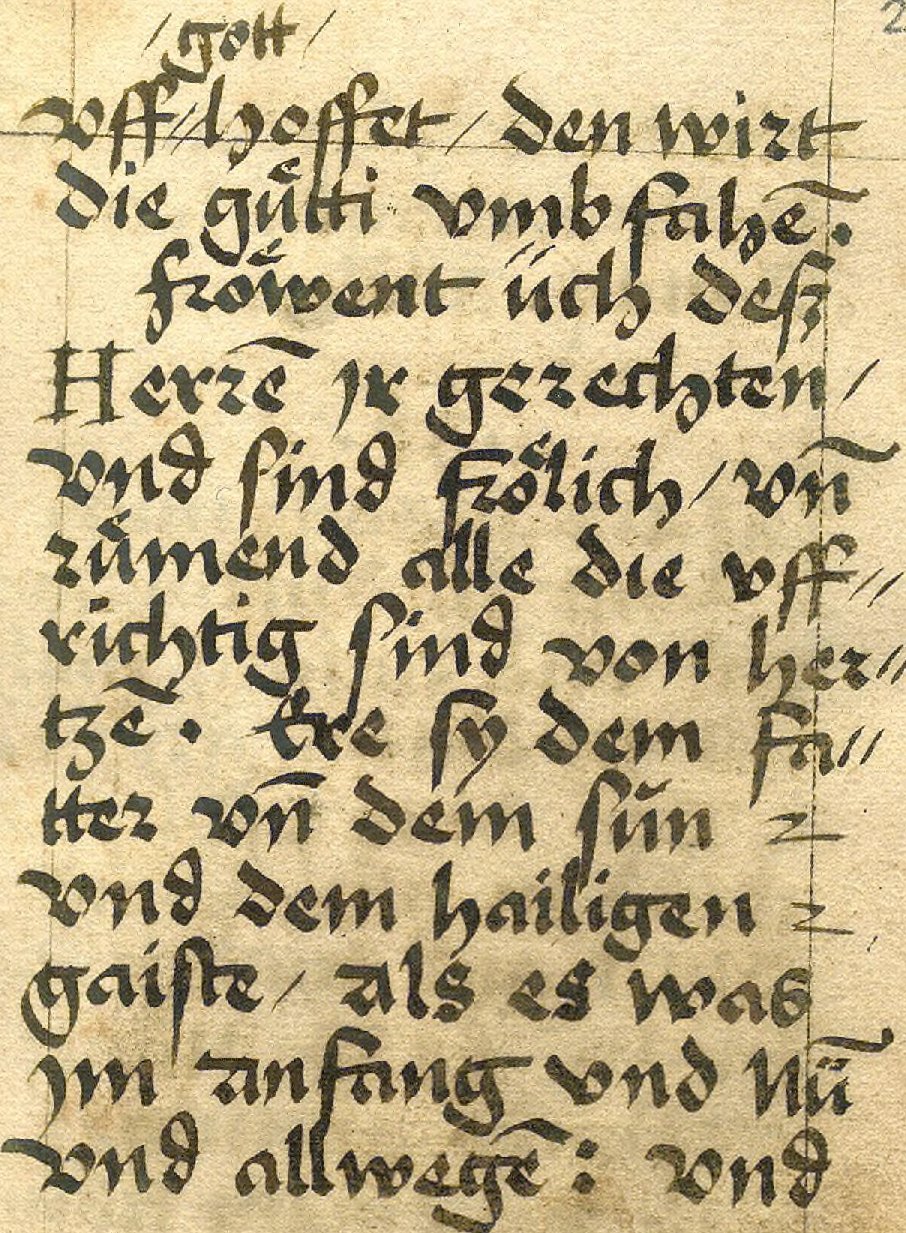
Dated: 1533–1565